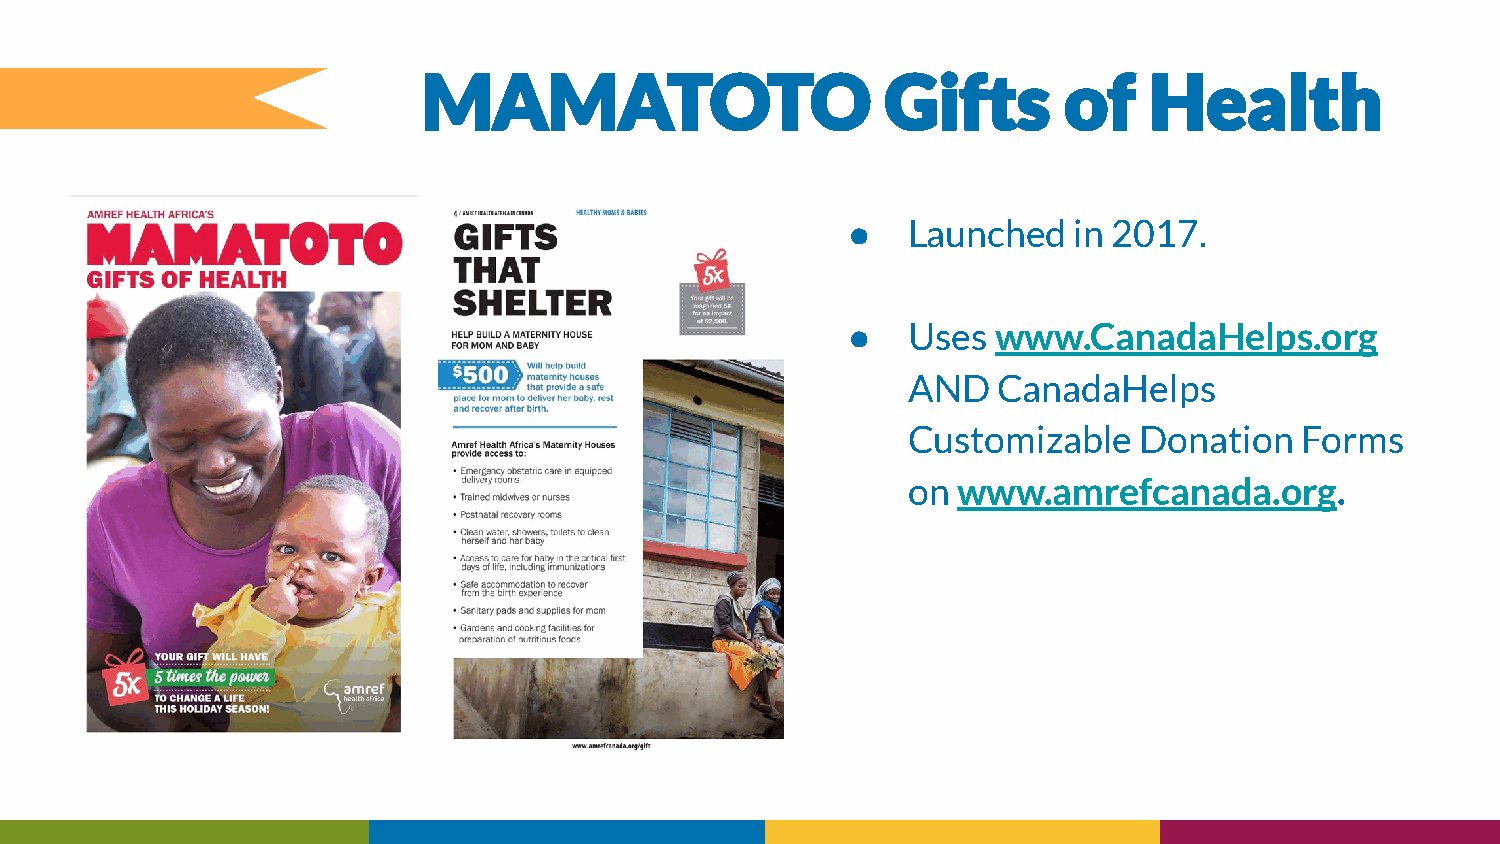
●   Launched   in 2017.
 ●   Uses  www.CanadaHelps.org
 AND   CanadaHelps
 Customizable   Donation   Forms
 on www.amrefcanada.org.